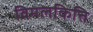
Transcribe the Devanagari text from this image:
विमलकित्ति